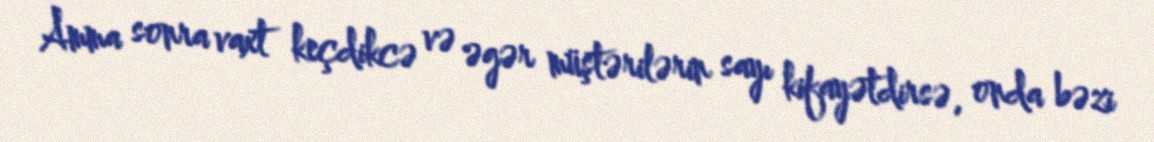
Amma sonra vaxt keçdikcə və əgər müştərilərin sayı kifayətdirsə, onda bəzi